Report of the Indian Hemp Drugs Commission, 1894-1895 - Volume V
Year: 1894
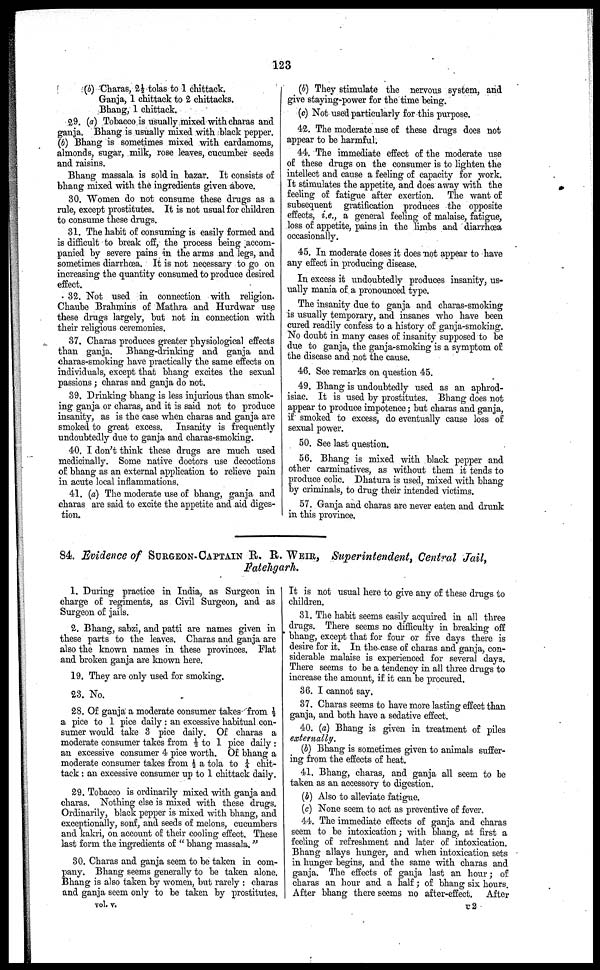
123
(b) Charas, 2½ tolas to 1 cluttack.
Ganja, 1 chittack to 2 chittacks.
Bhang, 1 chittack.
29. (a) Tobacco is usually mixed with charas and
ganja. Bhang is usually mixed with black pepper.
(b) Bhang is sometimes mixed with cardamoms,
almonds, sugar, milk, rose leaves, cucumber seeds
and raisins.
Bhang massala is sold in bazar. It consists of
bhang mixed with the ingredients given above.
30. Women do not consume these drugs as a
rule, except prostitutes. It is not usual for children
to consume these drugs.
31. The habit of consuming is easily formed and
is difficult to break off, the process being accom-
panied by severe pains in the arms and legs, and
sometimes diarrhoea. It is not necessary to go on
increasing the quantity consumed to produce desired
effect.
32. Not used in connection with religion.
Chaube Brahmins of Mathra and Hurdwar use
these drugs largely, but not in connection with
their religious ceremonies.
37. Charas produces greater physiological effects
than ganja.
Bhang-drinking and ganja and
charas-smoking have practically the same effects on
individuals, except that bhang excites the sexual
passions ; charas and ganja do not.
39. Drinking bhang is less injurious than smok-
ing ganja or charas, and it is said not to produce
insanity, as is the case when charas and ganja are
smoked to great excess. Insanity is frequently
undoubtedly due to ganja and charas-smoking.
40. I don't think these drugs are much used
medicinally. Some native doctors use decoctions
of bhang as an external application to relieve pain
in acute local inflammations.
41. (a) The moderate use of bhang, ganja and
charas are said to excite the appetite and aid diges-
tion.
(b) They stimulate the nervous system, and
give staying-power for the time being.
(c) Not used particularly for this purpose.
42. The moderate use of these drugs does not
appear to be harmful.
44. The immediate effect of the moderate use
of these drugs on the consumer is to lighten the
intellect and cause a feeling of capacity for work.
It stimulates the appetite, and does away with the
feeling of fatigue after exertion. The want of
subsequent gratification produces the opposite
effects, i.e., a general feeling of malaise, fatigue,
loss of appetite, pains in the limbs and diarrhœa
occasionally.
45. In moderate doses it does not appear to have
any effect in producing disease.
In excess it undoubtedly produces insanity, us-
ually mania of a pronounced type.
The insanity due to ganja and charas-smoking
is usually temporary, and insanes who have been
cured readily confess to a history of ganja-smoking.
No doubt in many cases of insanity supposed to be
due to ganja, the ganja-smoking is a symptom of
the disease and not the cause.
46. See remarks on question 45.
49. Bhang is undoubtedly used as an aphrod-
isiac. It is used by prostitutes. Bhang does not
appear to produce impotence; but charas and ganja,
if smoked to excess, do eventually cause loss of
sexual power,
50. See last question.
56. Bhang is mixed with black pepper and
other carminatives, as without them it tends to
produce colic. Dhatura is used, mixed with bhang
by criminals, to drug their intended victims.
57. Ganja and charas are never eaten and drunk
in this province.
84 Evidence of SURGEON-CAPTAIN R. R. WEIR, Superintendent, Central Jail,
Fatehgarh.
1. During practice in India, as Surgeon in
charge of regiments, as Civil Surgeon, and as
Surgeon of jails.
2. Bhang, sabzi, and patti are names given in
these parts to the leaves. Charas and ganja are
also the known names in these provinces. Flat
and broken ganja are known here.
19. They are only used for smoking.
23. No.
28. Of ganja a moderate consumer takes from ½
a pice to 1 pice daily : an excessive habitual con-
sumer would take 3 pice daily. Of charas a
moderate consumer takes from ½ to 1 pice daily :
an excessive consumer 4 pice worth. Of bhang a
moderate consumer takes from ½ a tola to ¼ chit-
tack : an excessive consumer up to 1 chittack daily.
29. Tobacco is ordinarily mixed with ganja and
charas. Nothing else is mixed with these drugs.
Ordinarily, black pepper is mixed with bhang, and
exceptionally, sonf, and seeds of melons, cucumbers
and kakri, on account of their cooling effect. These
last form the ingredients of " bhang massala."
30. Charas and ganja seem to be taken in com-
pany. Bhang seems generally to be taken alone.
Bhang is also taken by women, but rarely : charas
and ganja seem only to be taken by prostitutes.
It is not usual here to give any of these drugs to
children.
31. The habit seems easily acquired in all three
drags. There seems no difficulty in breaking off
bhang, except that for four or five days there is
desire for it. In the case of charas and ganja, con-
siderable malaise is experienced for several days.
There seems to be a tendency in all three drugs to
increase the amount, if it can be procured.
36. I cannot say.
37. Charas seems to have more lasting effect than
ganja, and both have a sedative effect.
40. (a) Bhang is given in treatment of piles
externally.
(b) Bhang is sometimes given to animals suffer-
ing from the effects of heat.
41. Bhang, charas, and ganja all seem to be
taken as an accessory to digestion.
(b) Also to alleviate fatigue.
(c) None seem to act as preventive of fever.
44. The immediate effects of ganja and charas
seem to be intoxication; with bhang, at first a
feeling of refreshment and later of intoxication.
Bhang allays hunger, and when intoxication sets
in hunger begins, and the same with charas and
ganja. The effects of ganja last an hour; of
charas an hour and a half; of bhang six hours.
After bhang there seems no after-effect.
After
vol. V.
U 2